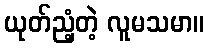
ယုတ်ညံ့တဲ့ လူမသမာ။